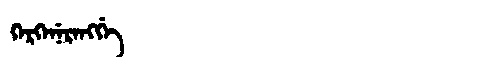
Manchu: ᡴᡝᡵᡴᡝᠨᡝᡵᡝᠩᡤᡝ
Romanization: KERKENERENGGE